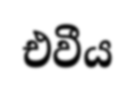
එවීය